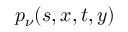
p _ { \nu } ( s , x , t , y )